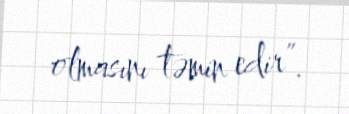
olmasını təmin edir”.